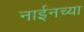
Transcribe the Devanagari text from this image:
नाईनच्या